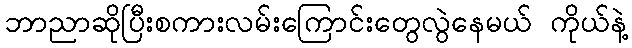
ဘာညာဆိုပြီးစကားလမ်းကြောင်းတွေလွဲနေမယ် ကိုယ်နဲ့